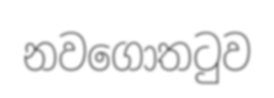
නවගොතටුව